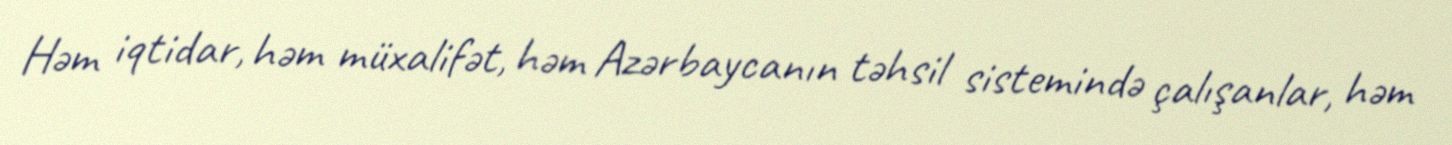
Həm iqtidar, həm müxalifət, həm Azərbaycanın təhsil sistemində çalışanlar, həm